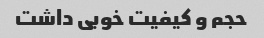
حجم و کیفیت خوبی داشت